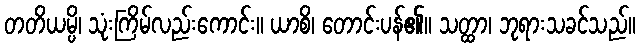
တတိယမ္ပိ၊ သုံးကြိမ်လည်းကောင်း။ ယာစိ၊ တောင်းပန်၏။ သတ္ထာ၊ ဘုရားသခင်သည်။